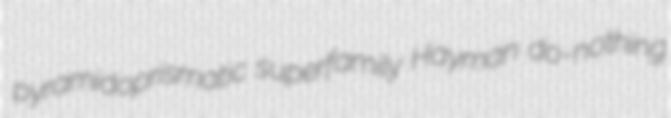
pyramidoprismatic superfamily Hayman do-nothing